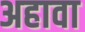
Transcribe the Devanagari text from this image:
अहावा